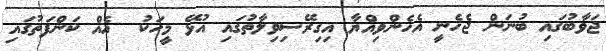
ޖަވާބުގައި ބުނަން ޖެހެނީ އެހެންވިއްޔާ އިގިރޭސިވިލާތުގައި އުޅޭ މީހަކު  އެއް ކަންފަތުގައި